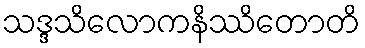
သဒ္ဒသိလောကနိဿိတောတိ